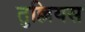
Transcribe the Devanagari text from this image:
तुल्लियस